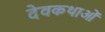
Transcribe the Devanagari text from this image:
देवकथाओं